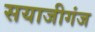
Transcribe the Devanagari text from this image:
सयाजीगंज